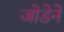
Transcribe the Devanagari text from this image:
जोडेने